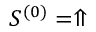
S ^ { ( 0 ) } = \Uparrow